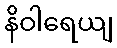
နိဝါရေယျ